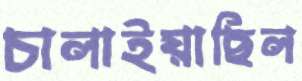
চালাইয়াছিল